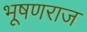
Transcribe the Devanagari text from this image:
भूषणराज